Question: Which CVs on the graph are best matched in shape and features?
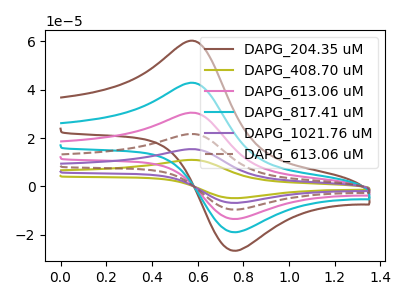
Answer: <think>The brown curve "DAPG_204.35 uM" has an anodic peak at (0.60V, 59.85uA) and a cathodic peak at (0.75V, -26.45uA). The olive curve "DAPG_408.70 uM" has an anodic peak at (0.60V, 212.90uA) and a cathodic peak at (0.75V, -94.15uA). The pink curve "DAPG_613.06 uM" has an anodic peak at (0.60V, 85.15uA) and a cathodic peak at (0.75V, -37.65uA). The cyan curve "DAPG_817.41 uM" has an anodic peak at (0.60V, 42.60uA) and a cathodic peak at (0.75V, -18.85uA). The purple curve "DAPG_1021.76 uM" has an anodic peak at (0.60V, 170.30uA) and a cathodic peak at (0.75V, -75.35uA). The brown dashed curve "DAPG_613.06 uM" has an anodic peak at (0.60V, 127.75uA) and a cathodic peak at (0.75V, -56.50uA).
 All the peaks in "DAPG_204.35 uM" have a peak in "DAPG_408.70 uM" at the same potential. Every peak in "DAPG_204.35 uM" is lower than every peak in "DAPG_408.70 uM". All the peaks in "DAPG_204.35 uM" have a peak in "DAPG_613.06 uM" at the same potential. Every peak in "DAPG_204.35 uM" is lower than every peak in "DAPG_613.06 uM". All the peaks in "DAPG_204.35 uM" have a peak in "DAPG_817.41 uM" at the same potential. Every peak in "DAPG_204.35 uM" is higher than every peak in "DAPG_817.41 uM". All the peaks in "DAPG_204.35 uM" have a peak in "DAPG_1021.76 uM" at the same potential. Every peak in "DAPG_204.35 uM" is lower than every peak in "DAPG_1021.76 uM". All the peaks in "DAPG_204.35 uM" have a peak in "DAPG_613.06 uM" at the same potential. Every peak in "DAPG_204.35 uM" is lower than every peak in "DAPG_613.06 uM". All the peaks in "DAPG_408.70 uM" have a peak in "DAPG_613.06 uM" at the same potential. Every peak in "DAPG_408.70 uM" is higher than every peak in "DAPG_613.06 uM". All the peaks in "DAPG_408.70 uM" have a peak in "DAPG_817.41 uM" at the same potential. Every peak in "DAPG_408.70 uM" is higher than every peak in "DAPG_817.41 uM". All the peaks in "DAPG_408.70 uM" have a peak in "DAPG_1021.76 uM" at the same potential. Every peak in "DAPG_408.70 uM" is higher than every peak in "DAPG_1021.76 uM". All the peaks in "DAPG_408.70 uM" have a peak in "DAPG_613.06 uM" at the same potential. Every peak in "DAPG_408.70 uM" is higher than every peak in "DAPG_613.06 uM". All the peaks in "DAPG_613.06 uM" have a peak in "DAPG_817.41 uM" at the same potential. Every peak in "DAPG_613.06 uM" is higher than every peak in "DAPG_817.41 uM". All the peaks in "DAPG_613.06 uM" have a peak in "DAPG_1021.76 uM" at the same potential. Every peak in "DAPG_613.06 uM" is lower than every peak in "DAPG_1021.76 uM". All the peaks in "DAPG_613.06 uM" have a peak in "DAPG_613.06 uM" at the same potential. Every peak in "DAPG_613.06 uM" is lower than every peak in "DAPG_613.06 uM". All the peaks in "DAPG_817.41 uM" have a peak in "DAPG_1021.76 uM" at the same potential. Every peak in "DAPG_817.41 uM" is lower than every peak in "DAPG_1021.76 uM". All the peaks in "DAPG_817.41 uM" have a peak in "DAPG_613.06 uM" at the same potential. Every peak in "DAPG_817.41 uM" is lower than every peak in "DAPG_613.06 uM". All the peaks in "DAPG_1021.76 uM" have a peak in "DAPG_613.06 uM" at the same potential. Every peak in "DAPG_1021.76 uM" is higher than every peak in "DAPG_613.06 uM".</think>
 <answer>"DAPG_204.35 uM", "DAPG_408.70 uM", "DAPG_613.06 uM", "DAPG_817.41 uM", "DAPG_1021.76 uM" and "DAPG_613.06 uM" have the same shape and are likely CV's of the same chemical.</answer>
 <eval>"DAPG_204.35 uM" "DAPG_408.70 uM" "DAPG_613.06 uM" "DAPG_817.41 uM" "DAPG_1021.76 uM" "DAPG_613.06 uM"</eval>